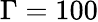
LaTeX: \Gamma=100